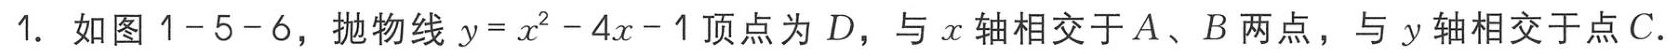
1. 如图 \(1 - 5 - 6\)，抛物线 \(y = x^{2}-4x - 1\) 顶点为 \(D\)，与 \(x\) 轴相交于 \(A\)、\(B\) 两点，与 \(y\) 轴相交于点 \(C\).